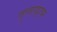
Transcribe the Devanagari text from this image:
तुलापट्टावर